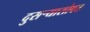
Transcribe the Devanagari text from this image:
दुसऱ्यासोबत